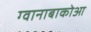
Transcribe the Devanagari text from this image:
ग्वानाबाकोआ